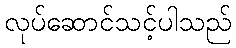
လုပ်ဆောင်သင့်ပါသည်